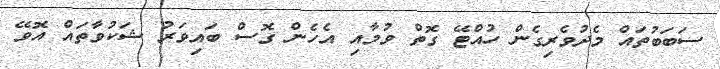
ސަބަބުތައް މެދުވެރިގެން ހުއްޓޭ ގޮތް ވުމާއި އެހެން ގޮސް ބައިވަރު ޝަކުވާތައް އޮވޭ